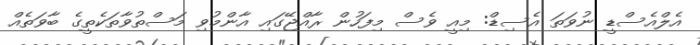
އެލްއެސްޑީ ނުވަތަ އެސިޑް: މިއީ ވެސް މިފަހުން ރާއްޖޭގައި އާންމުވި މަސްތުވާތަކެތީގެ ބާވަތެއް